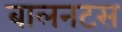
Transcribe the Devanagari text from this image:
बालनटस